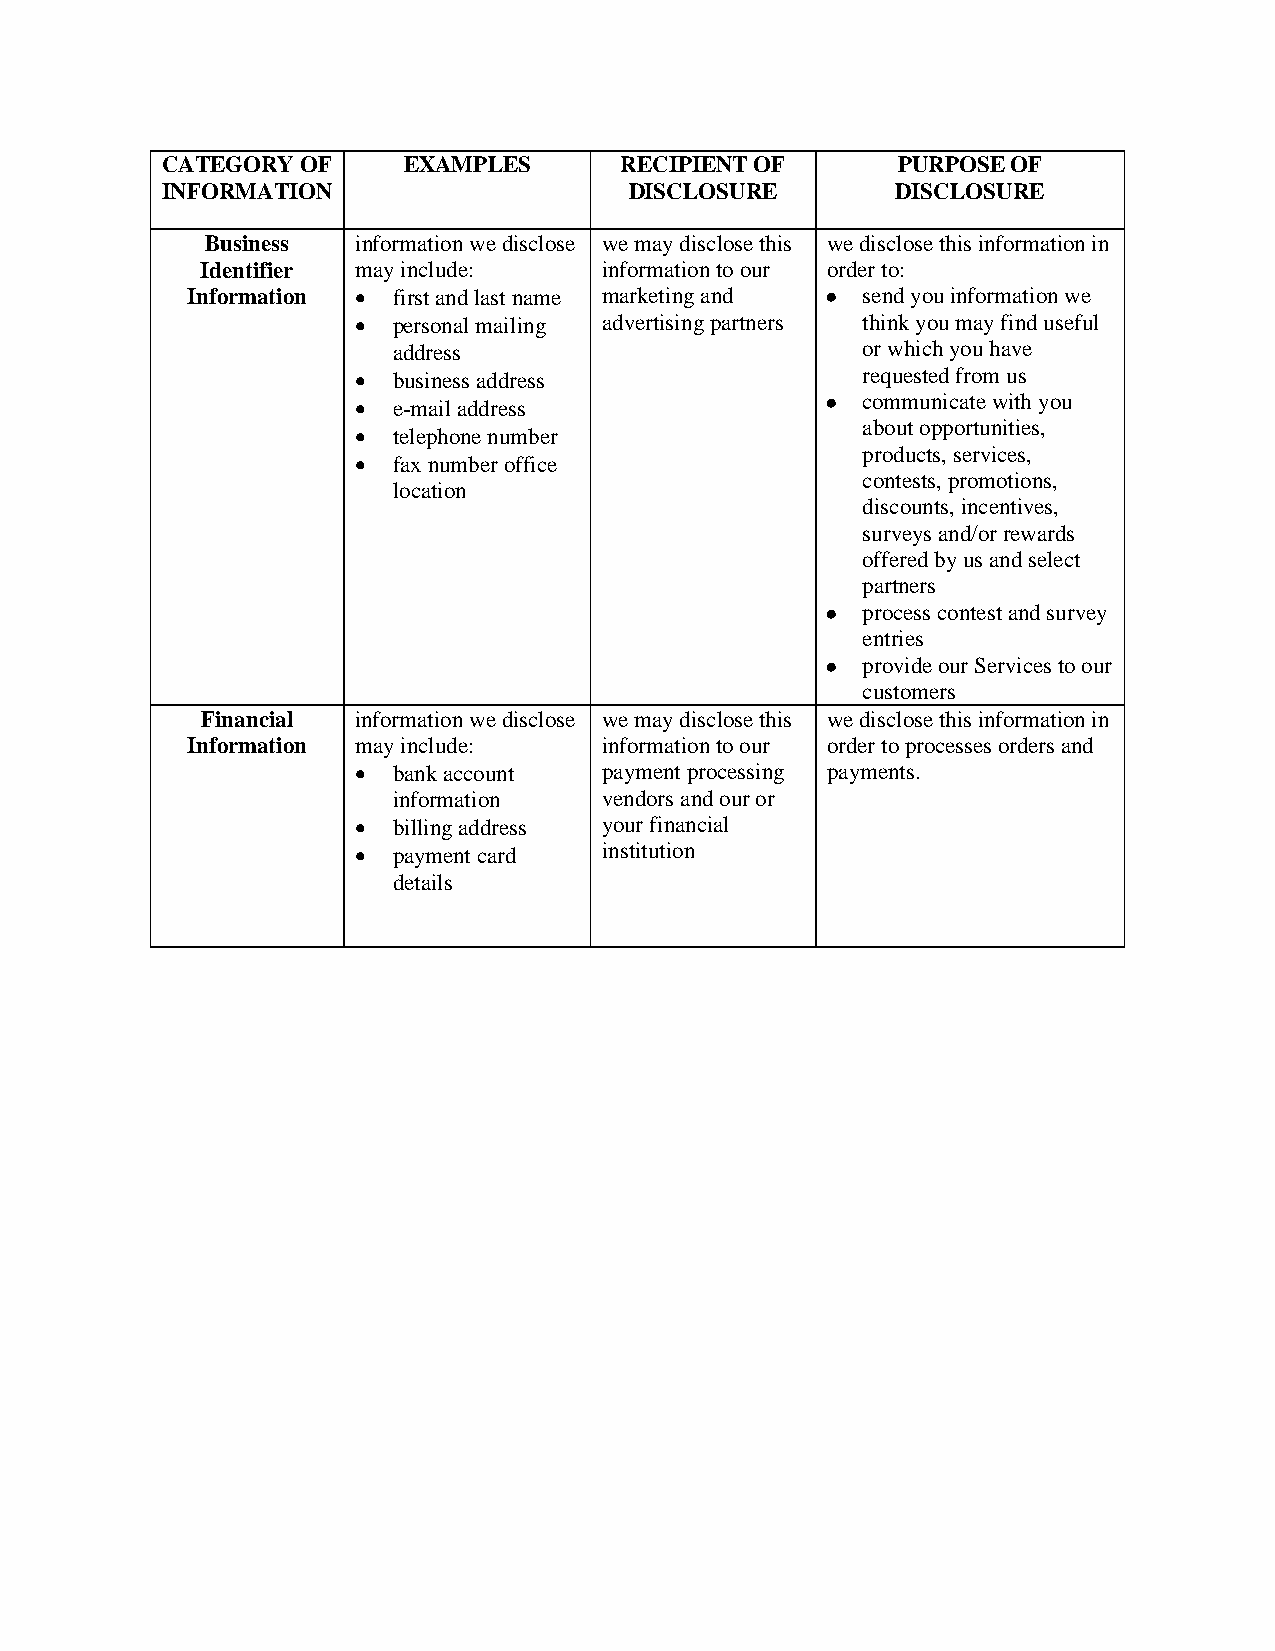
CATEGORY OF     EXAMPLES      RECIPIENT OF      PURPOSE OF
 INFORMATION                    DISCLOSURE       DISCLOSURE
 Business  information we disclose we may disclose this we disclose this information in
 Identifier may include:    information to our order to:
 Information  first and last name marketing and ● send you information we
  personal mailing advertising partners think you may find useful
 address                        or which you have
  business address               requested from us
  e-mail address               ● communicate with you
 about opportunities,
  telephone number
 products, services,
  fax number office
 contests, promotions,
 location
 discounts, incentives,
 surveys and/or rewards
 offered by us and select
 partners
 ● process contest and survey
 entries
 ● provide our Services to our
 customers
 Financial  information we disclose we may disclose this we disclose this information in
 Information may include:    information to our order to processes orders and
  bank account  payment processing payments.
 information   vendors and our or
  billing address your financial
  payment card  institution
 details